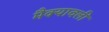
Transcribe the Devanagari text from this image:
मैक्यावली